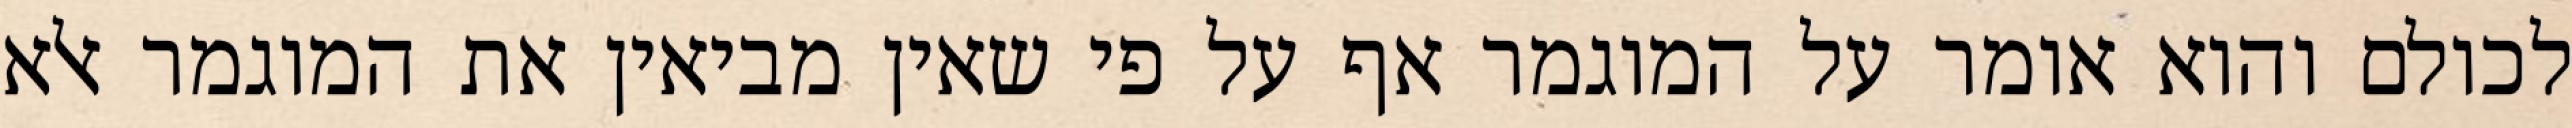
לכולם והוא אומר על המוגמר אף על פי שאין מביאין את המוגמר אלא